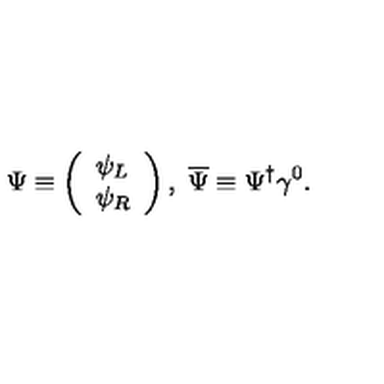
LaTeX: \Psi \equiv \left( \begin{array} { l } { \psi _ { L } } \\ { \psi _ { R } } \\ \end{array} \right) , \ \overline { { \Psi } } \equiv \Psi ^ { \dagger } \gamma ^ { 0 } .